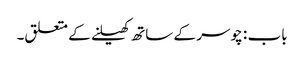
باب : چوسر کے ساتھ کھیلنے کے متعلق۔